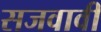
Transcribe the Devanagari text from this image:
सजवावी